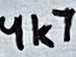
Text: 4k7